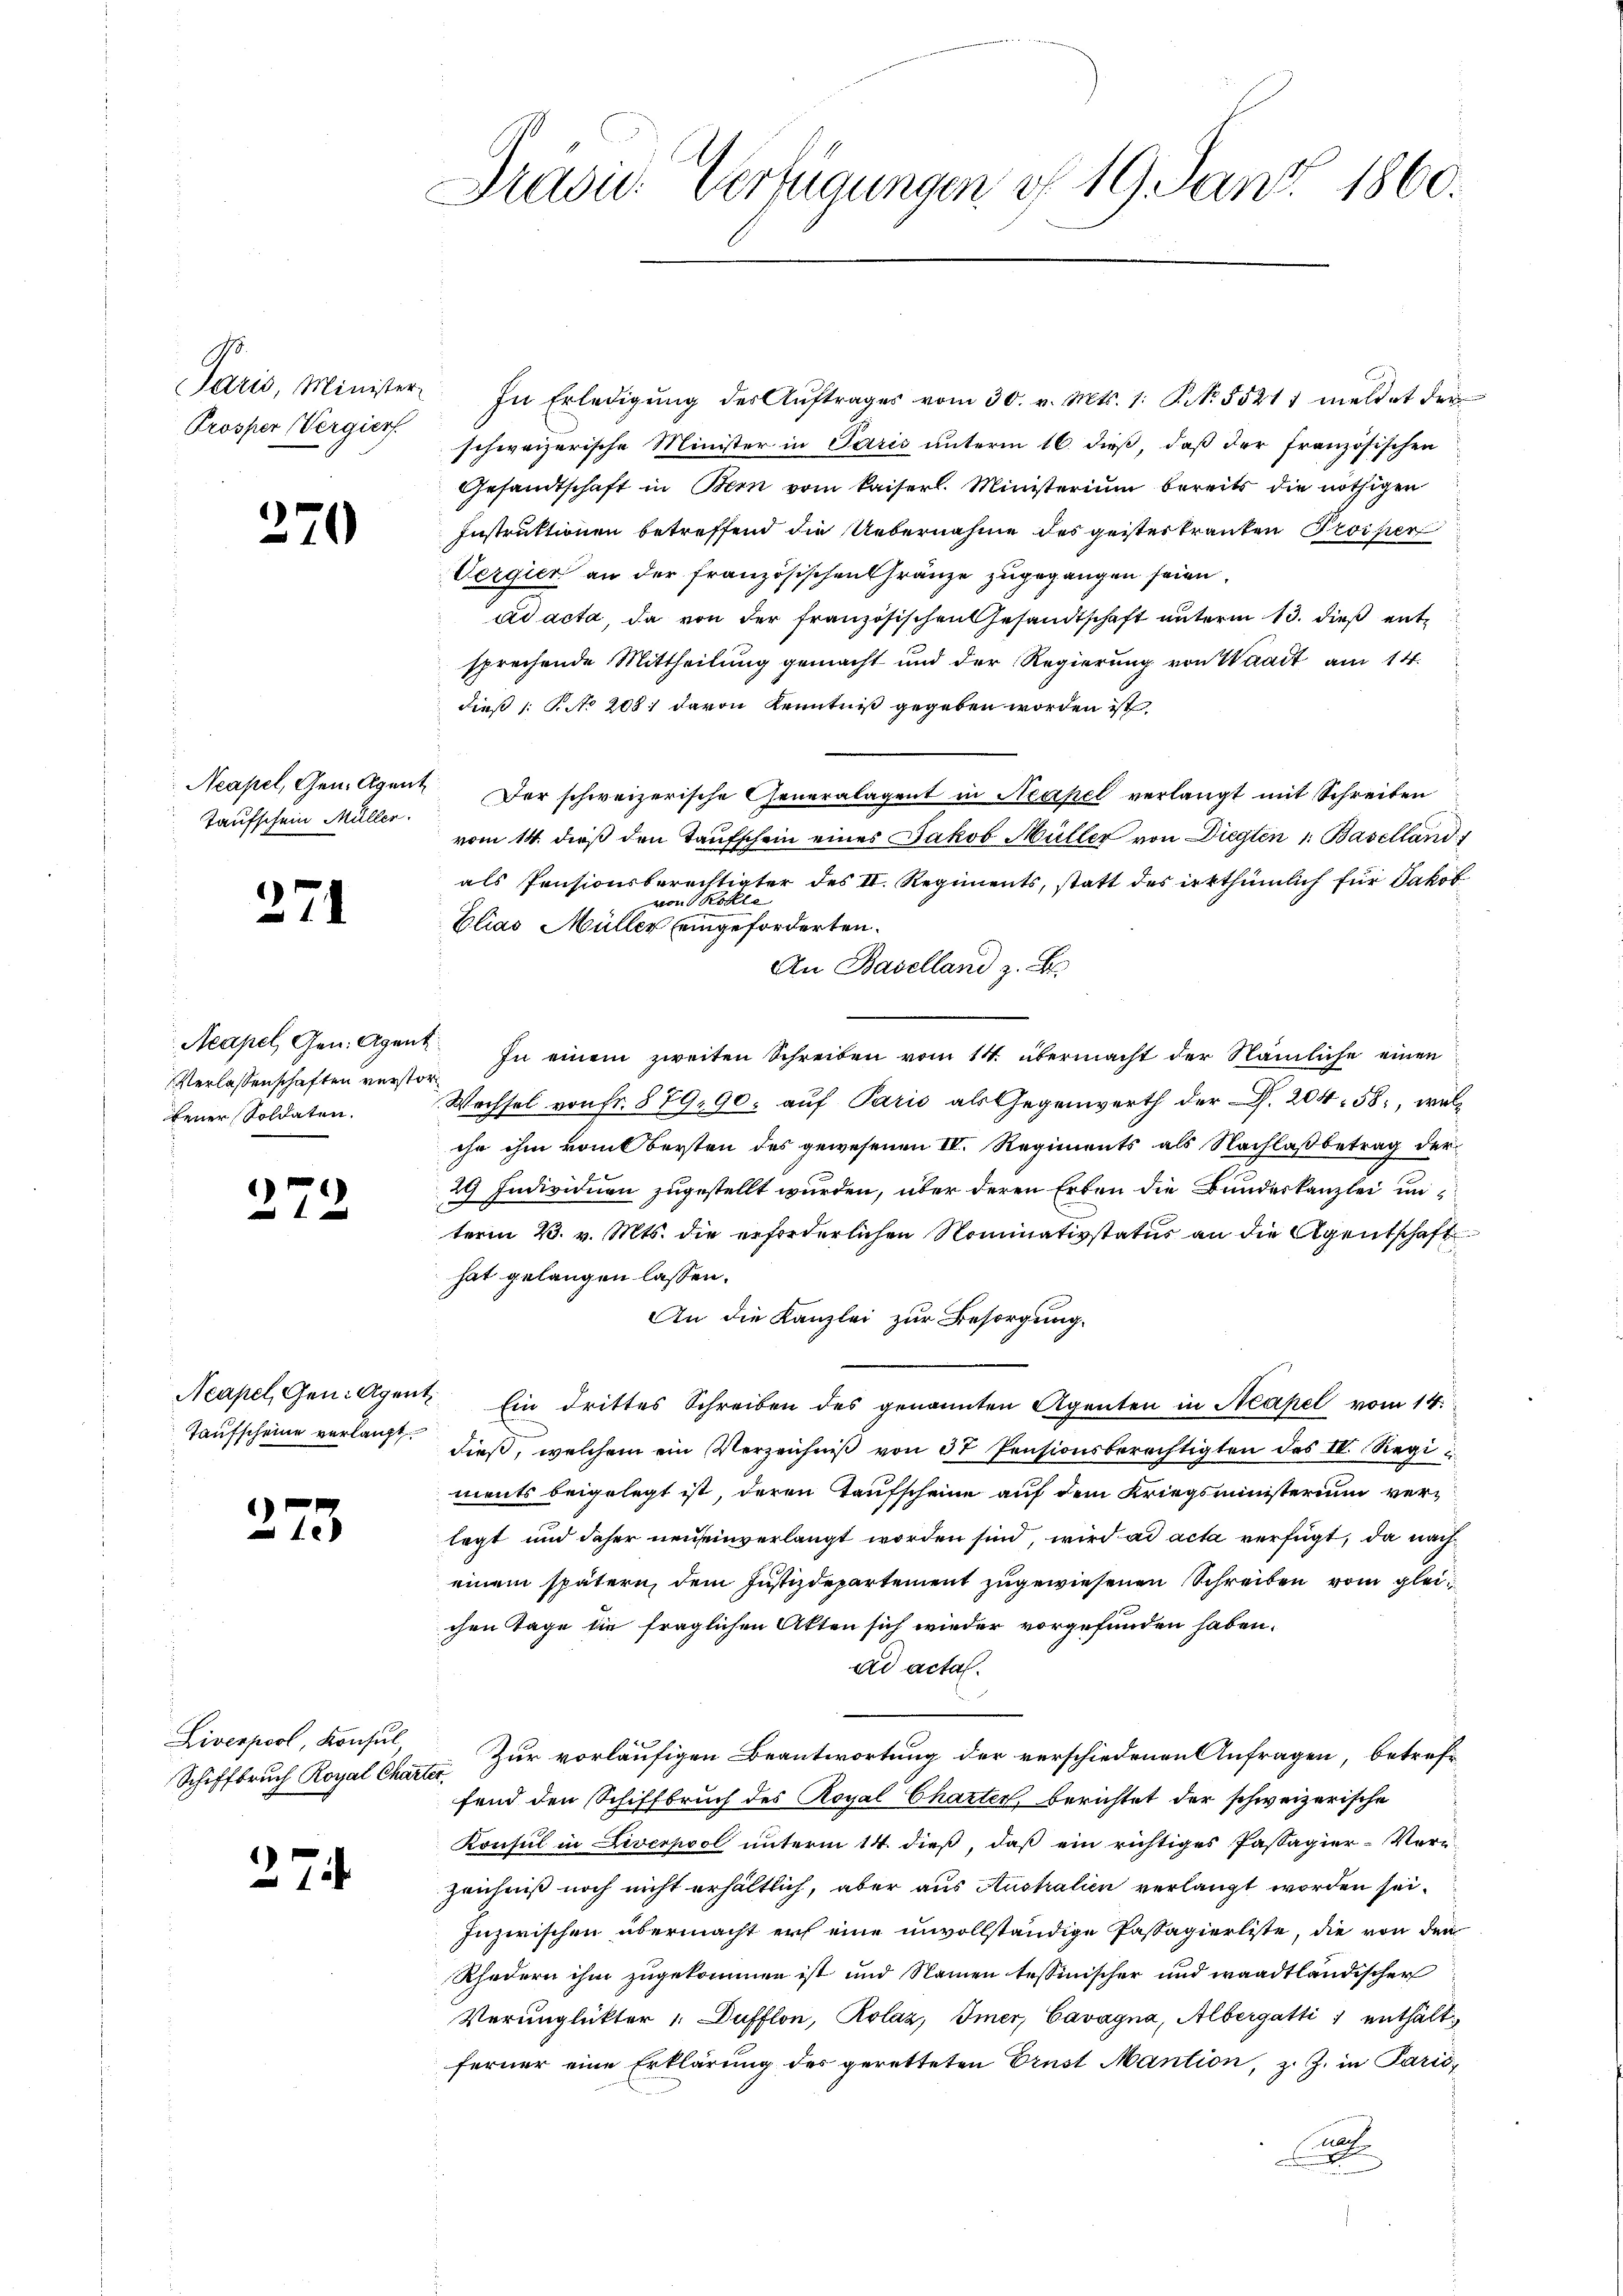
Paris, Minister.
Prosper Vergierf

370

Neapel, Gen. Agent
Taufschein Müller.

271

Acapel, Gen. Agen
Verlassenschaften verstobener Soldaten.

272

Neapel, Gen. Agent
Taufscheine verlangt.

273

Liverpool, Konsul
Schiffbruch Royal Chart

274

Drasu. Verfügungen § 19. Janz 1860.

In Erledigŭng des Aŭftrages vom 30. v. Mts. 1. P. No. 55211 meldet der
schweizerische Minister in Paris unterm 16. dieß, daß der französischen
Gesandtschaft in Bern vom Kaiserl. Ministerium bereits die nöthigen
Instruktionen betreffend die Uebernahme des geistertrauten Preiser
Vergier an der französischen Gränze zugegangen seien,
ad acta, da von der französischen Gesandtschaft unterm 13. dieß entsprechende Mittheilung gemacht und der Regierung von Waadt am 14.
dieß 1: P. No 2081 davon Kenntniß gegeben worden ist,
Der schweizerische Generalagent in Neapel verlangt mit Schreiben
vom 14. dieß den Taufschein eines Jakob Müller von Diegten 1. Baselland 1
als Pensionsberechtigter des II. Regiments, statt des irrthümlich für Jakob
von Kolle
Elias Müller eingeforderten.
An Baselland z. B
In einem zweiten Schreiben vom 14. übermacht der Nämliche einen
Wechsel von fr. 879, 90, auf Paris als Gegenwerth der S. 204. 58, welihe ihm vom Bersten des gewesenen IV. Regiments als Nachlaßbetrag der
29 Individuen zugestellt wurden, über deren Erben die Bundeskanzlei unterm 2. v. Mts. die erforderlichen Nominativstatur an die Agentschaft
hat gelangen lassen.
An die Kanzlei zur Besorgung.
Ein drittes Schreiben des genannten Agenten in Kapel vom 14.
dieß, welchem ein Verzeichniß von 37 Pensionsberechtigten des II. Regi
ments beigelegt ist, deren Taufscheine auf dem Kriegsministerium verlegt und daher neu einverlangt worden sind, wird ad acta verfügt, da nach
einem spätern, dem Justizdepartement zugewiesenen Schreiben vom gleichen Tage die fraglichen Akten sich wieder vorgefunden haben.
ad acta.
Zur vorläufigen Beantwortung der verschiedenen Anfragen, betreffend den Schiffbruch des Royal Charter, berichtet der schweizerische
Konsul in Liverpool unterm 14. dieß, daß ein richtiges Passagier-Veri-
zeichniß noch nicht erhältlich, aber aus Australien verlangt worden sei.
Inzwischen übermacht erf eine unvollständige Passagierliste, die von den
Rhedern ihm zugekommen ist und Namen tessinischer und waadtländischer
Verunglükter 1 Dufflon, Rolaz, Imer, Cavagna, Albergatti, enthältferner eine Erklärung des geretteten Ernst Mantion, z. Z. in Paris,
a